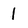
Character: 1